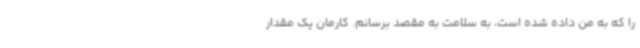
را که به من داده شده است، به سلامت به مقصد برسانم. کارمان یک مقدار